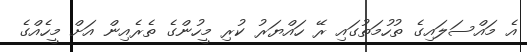
އެ މައްސަލައިގެ ތުހުމަތުގައި ރޭ ހައްޔަރު ކުރި މީހުންގެ ތެރެއިން އަށް މީހެއްގެ